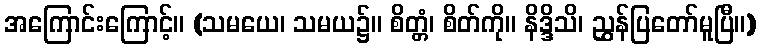
အကြောင်းကြောင့်။ (သမယေ၊ သမယ၌။ စိတ္တံ၊ စိတ်ကို။ နိဒ္ဒိသိ၊ ညွှန်ပြတော်မူပြီ။)